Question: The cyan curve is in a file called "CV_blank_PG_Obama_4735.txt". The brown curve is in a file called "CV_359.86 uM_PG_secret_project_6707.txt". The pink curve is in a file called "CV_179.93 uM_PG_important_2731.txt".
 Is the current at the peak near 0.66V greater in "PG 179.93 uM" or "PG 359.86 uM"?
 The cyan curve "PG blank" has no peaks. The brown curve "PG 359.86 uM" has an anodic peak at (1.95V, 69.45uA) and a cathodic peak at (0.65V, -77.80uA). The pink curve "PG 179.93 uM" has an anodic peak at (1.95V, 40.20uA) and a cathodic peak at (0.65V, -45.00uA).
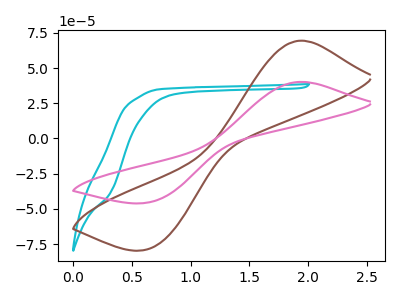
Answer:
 <answer>The peak at 0.66V is lower in "PG 179.93 uM" than in "PG 359.86 uM".</answer>
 <eval>lower</eval>